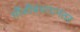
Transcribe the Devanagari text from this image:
मौंजीबंधनानंतर